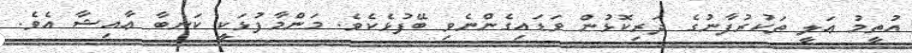
އުތީމު ޢަލީ ތަކުރުފާނުގެ ދަރިކޮޅުން ވަޑައިގެންނެވި ބޭފުޅެކެވެ. މަންމާފުޅަކީ ކަނބާ ޢާއިޝާ އެވެ.